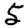
Digit: 5